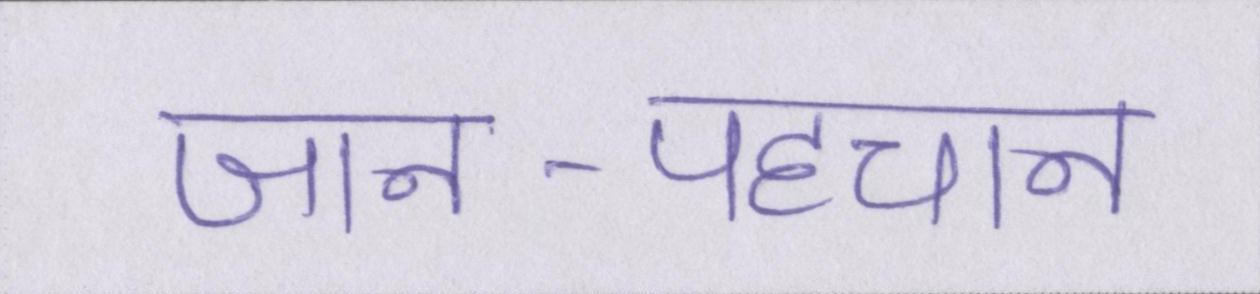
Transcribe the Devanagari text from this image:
जान-पहचान